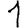
Digit: 1